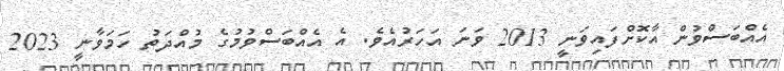
އެއްބަސްވުން އާކޮށްފައިވަނީ 2013 ވަނަ އަހަރުއެވެ. އެ އެއްބަސްވުމުގެ މުއްދަތު ހަމަވާނީ 2023